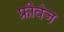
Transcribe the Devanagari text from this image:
फ्रीवेज